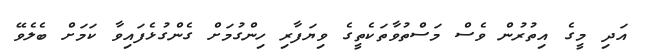
އަދި މީގެ އިތުރުން ވެސް މަސްތުވާތަކެތީގެ ވިޔަފާރި ހިންގުމަށް ގެންގުޅެފައިވާ ކަމަށް ބެލެވޭ